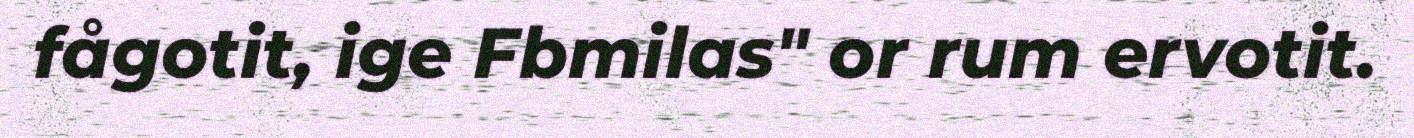
fågotit, ige Fbmilas" or rum ervotit.